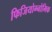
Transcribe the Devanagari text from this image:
फिजियोग्नोमिक